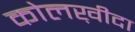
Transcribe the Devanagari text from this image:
कोलख़ीदा